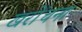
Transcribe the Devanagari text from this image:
खरोंचना